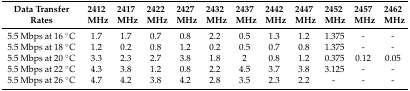
| Data Transfer Rates | 2412 MHz | 2417 MHz | 2422 MHz | 2427 MHz | 2432 MHz | 2437 MHz | 2442 MHz | 2447 MHz | 2452 MHz | 2457 MHz | 2462 MHz |
 | --- | --- | --- | --- | --- | --- | --- | --- | --- | --- | --- | --- |
 | 5.5 Mbps at 16 °C | 1.7 | 1.7 | 0.7 | 0.8 | 2.2 | 0.5 | 1.3 | 1.2 | 1.375 | - | - |
 | 5.5 Mbps at 18 °C | 1.2 | 0.2 | 0.8 | 1.2 | 0.2 | 0.5 | 0.7 | 0.8 | 1.375 | - | - |
 | 5.5 Mbps at 20 °C | 3.3 | 2.3 | 2.7 | 3.8 | 1.8 | 2 | 0.8 | 1.2 | 0.375 | 0.12 | 0.05 |
 | 5.5 Mbps at 22 °C | 4.3 | 3.8 | 1.2 | 0.8 | 2.2 | 4.5 | 3.7 | 3.8 | 3.125 | - | - |
 | 5.5 Mbps at 26 °C | 4.7 | 4.2 | 3.8 | 4.2 | 2.8 | 3.5 | 2.3 | 2.2 | - | - | - |